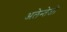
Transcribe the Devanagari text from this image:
अलेन्तेजो